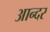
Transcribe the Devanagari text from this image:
आन्दर